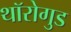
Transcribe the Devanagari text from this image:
थॉरोगुड